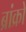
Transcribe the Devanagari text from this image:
ब्रांक्रो